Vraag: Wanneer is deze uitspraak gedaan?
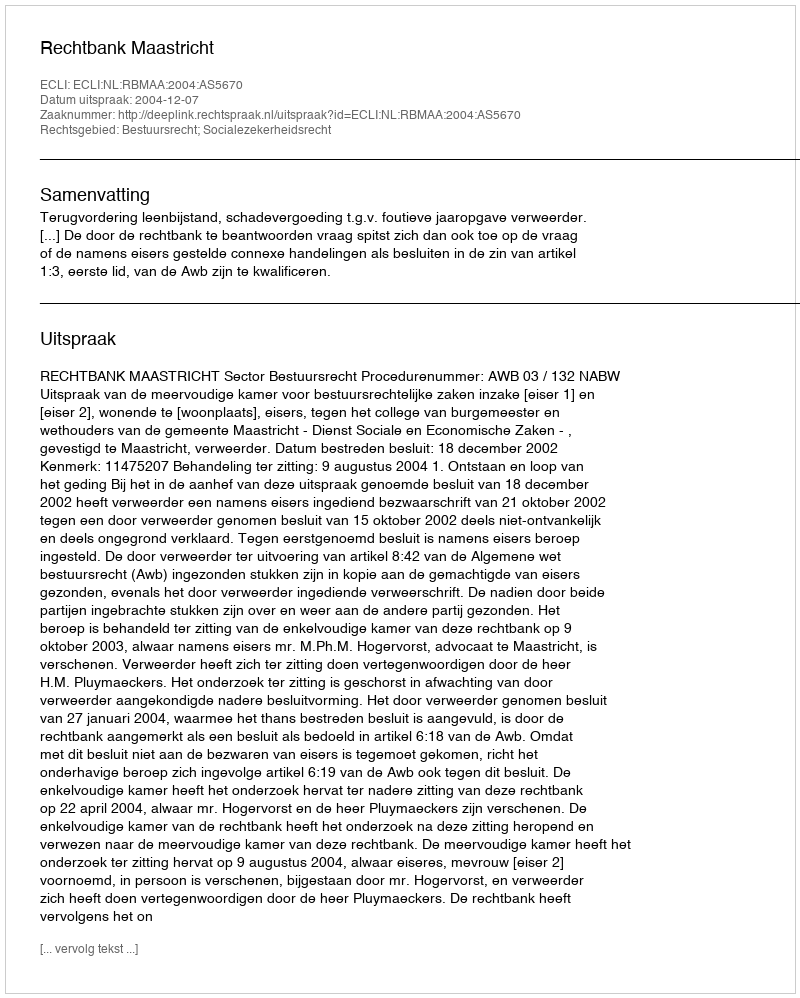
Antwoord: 2004-12-07